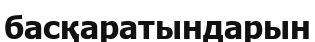
басқаратындарын